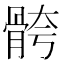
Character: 骻